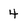
Character: 4